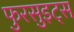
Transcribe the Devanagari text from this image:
फुरसुइट्स